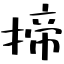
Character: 揥